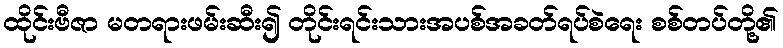
ထိုင်းဗီဇာ မတရားဖမ်းဆီး၍ တိုင်းရင်းသားအပစ်အခတ်ရပ်စဲရေး စစ်တပ်တို့၏